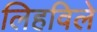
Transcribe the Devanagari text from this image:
लिहविले